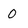
Character: O